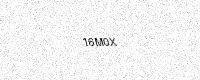
Text: 16M0X